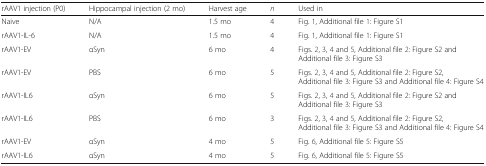
<table><thead><tr><td><b>rAAV1 injection (P0)</b></td><td><b>Hippocampal injection (2 mo)</b></td><td><b>Harvest age</b></td><td><b><i>n</i></b></td><td><b>Used in</b></td></tr></thead><tbody><tr><td>Naive</td><td>N/A</td><td>1.5 mo</td><td>4</td><td>Fig. 1, Additional file 1: Figure S1</td></tr><tr><td>rAAV1-IL-6</td><td>N/A</td><td>1.5 mo</td><td>4</td><td>Fig. 1, Additional file 1: Figure S1</td></tr><tr><td>rAAV1-EV</td><td>αSyn</td><td>6 mo</td><td>4</td><td>Figs. 2, 3, 4 and 5, Additional file 2: Figure S2 and Additional file 3: Figure S3</td></tr><tr><td>rAAV1-EV</td><td>PBS</td><td>6 mo</td><td>5</td><td>Figs. 2, 3, 4 and 5, Additional file 2: Figure S2, Additional file 3: Figure S3 and Additional file 4: Figure S4</td></tr><tr><td>rAAV1-IL6</td><td>αSyn</td><td>6 mo</td><td>5</td><td>Figs. 2, 3, 4 and 5, Additional file 2: Figure S2 and Additional file 3: Figure S3</td></tr><tr><td>rAAV1-IL6</td><td>PBS</td><td>6 mo</td><td>3</td><td>Figs. 2, 3, 4 and 5, Additional file 2: Figure S2, Additional file 3: Figure S3 and Additional file 4: Figure S4</td></tr><tr><td>rAAV1-EV</td><td>αSyn</td><td>4 mo</td><td>5</td><td>Fig. 6, Additional file 5: Figure S5</td></tr><tr><td>rAAV1-IL6</td><td>αSyn</td><td>4 mo</td><td>5</td><td>Fig. 6, Additional file 5: Figure S5</td></tr></tbody></table>